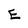
Character: E